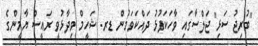
"ބުރިޖު ސަޅި" ޖަލްސާގައި ވާހަކަފުޅު ދައްކަވަމުން ޑރ. ޝަހީމް ވިދާޅުވީ ރައީސް ޔާމީންގެ